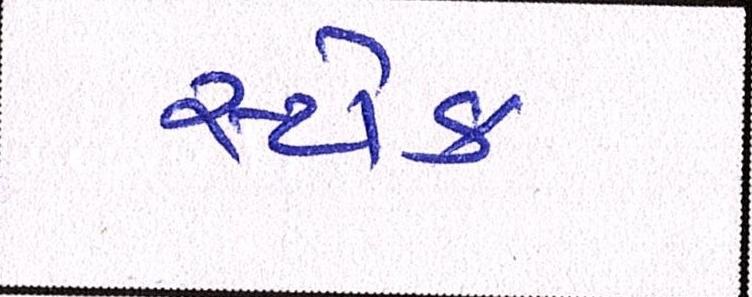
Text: સ્ટોક